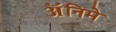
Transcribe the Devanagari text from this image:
ॲनिमे